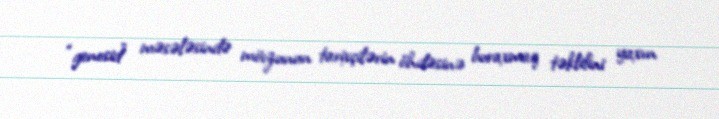
“genosid” məsələsində mövzunun tarixçilərin öhdəsinə buraxmaq təklifini yaxın